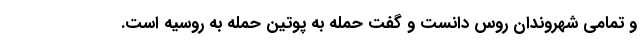
و تمامی شهروندان روس دانست و گفت حمله به پوتین حمله به روسیه است.